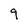
Character: 9